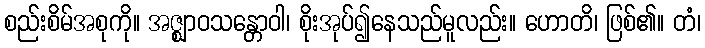
စည်းစိမ်အစုကို။ အဇ္ဈာဝသန္တောဝါ၊ စိုးအုပ်၍နေသည်မူလည်း။ ဟောတိ၊ ဖြစ်၏။ တံ၊